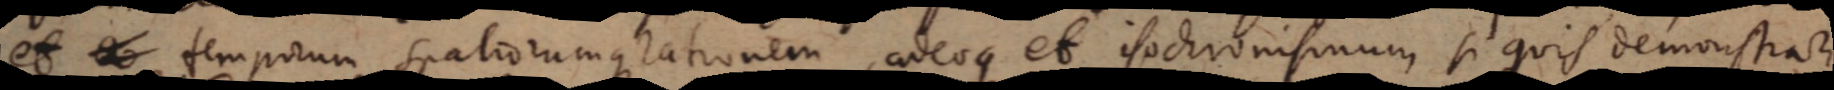
et temporum spatiorumque rationem, adeoque et isochronismum si quis demonstrari